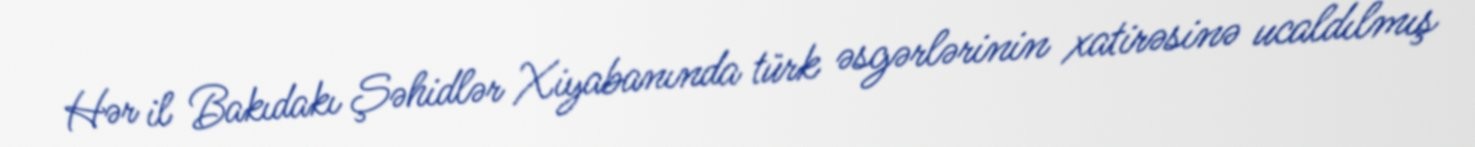
Hər il Bakıdakı Şəhidlər Xiyabanında türk əsgərlərinin xatirəsinə ucaldılmış